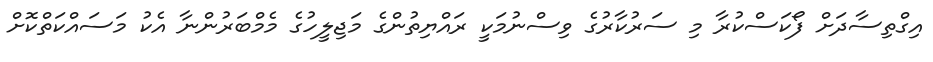
އިގްތިސާދަށް ފޯކަސްކުރާ މި ސަރުކާރުގެ ވިސްނުމަކީ ރައްޔިތުންގެ މަޖިލީހުގެ މެމްބަރުންނާ އެކު މަސައްކަތްކޮށް